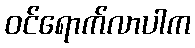
ဝင်ရောက်လာပါက